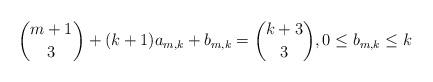
LaTeX: \begin{align*}\binom{m+1}{3} +(k+1)a_{m,k} +b_{m,k} =\binom{k+3}{3}, 0 \le b_{m,k} \le k\end{align*}